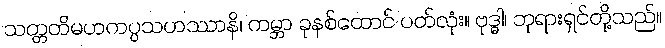
သတ္တတိမဟကပ္ပသဟဿာနိ၊ ကမ္ဘာ ခုနစ်ထောင် ပတ်လုံး။ ဗုဒ္ဓါ၊ ဘုရားရှင်တို့သည်။